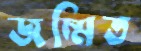
জম্মিত